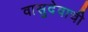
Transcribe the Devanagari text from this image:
वासुदेवाची